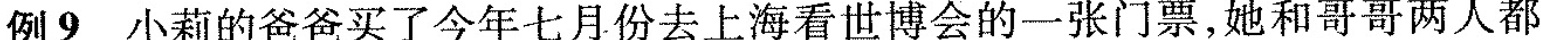
例9 小莉的爸爸买了今年七月份去上海看世博会的一张门票，她和哥哥两人都